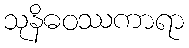
သုနိဓဝဿကာရာ